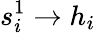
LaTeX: s_{i}^{1}\to h_{i}